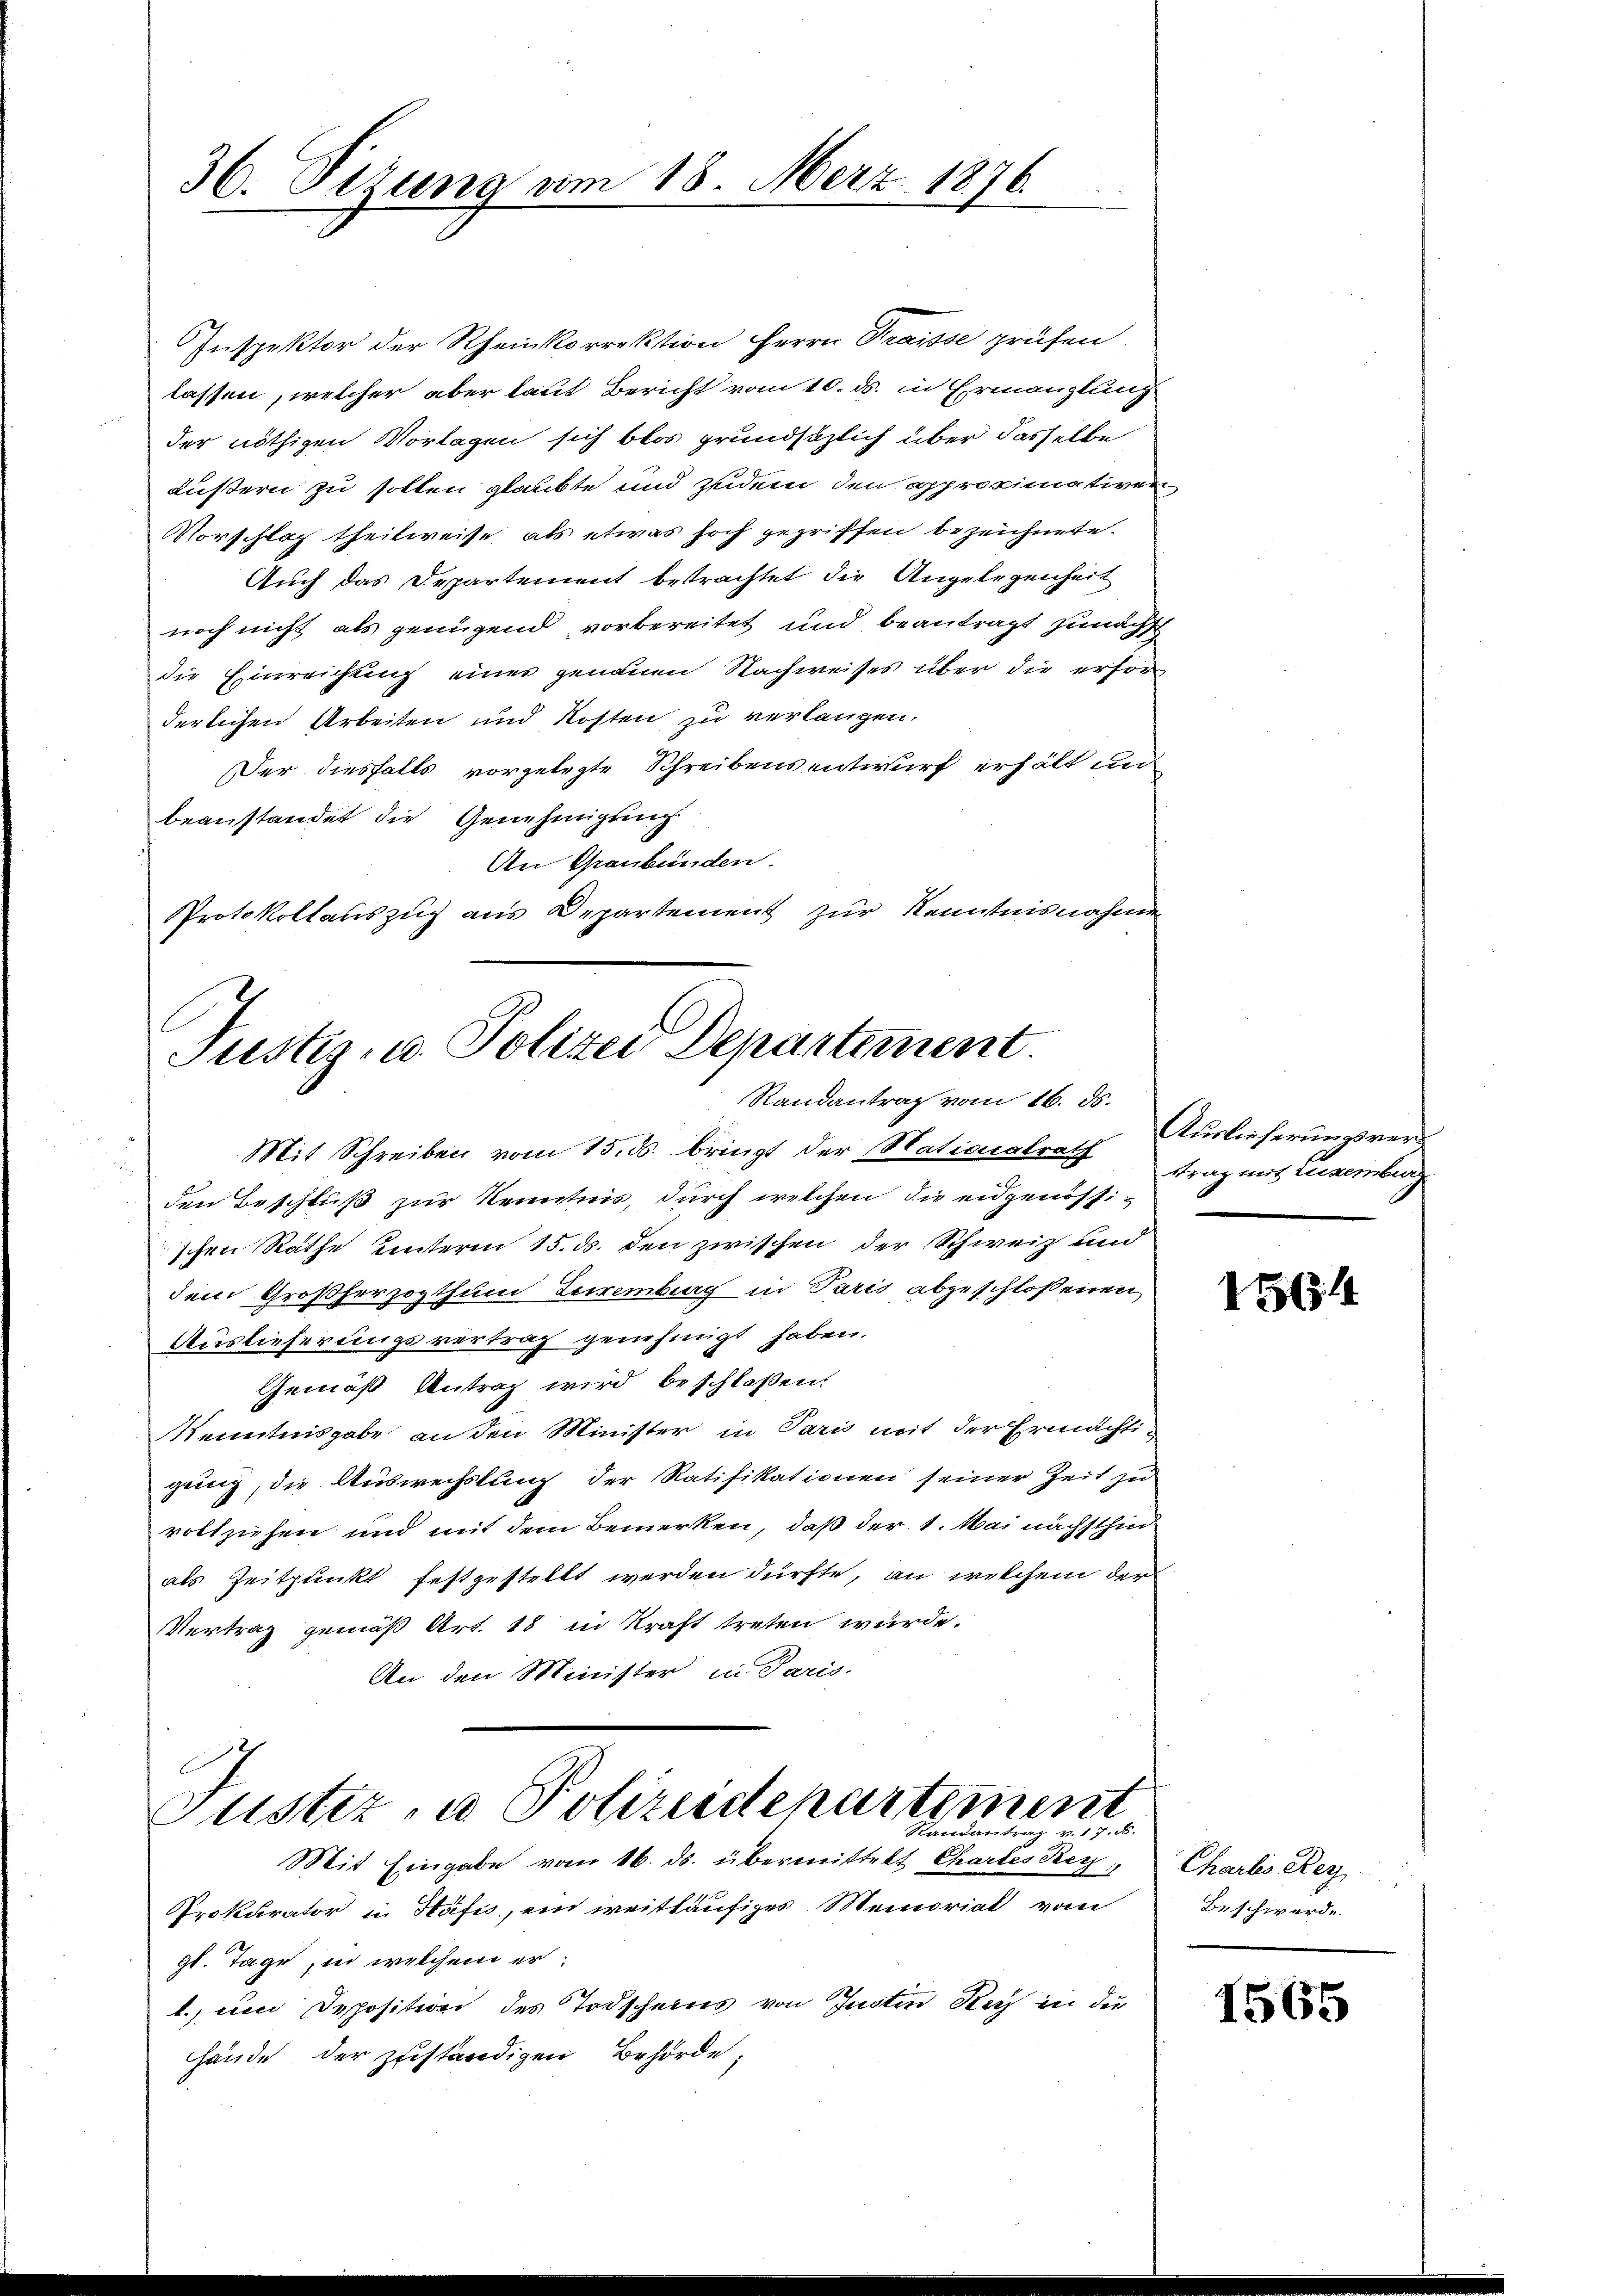
36. Pirung am 18. Merz 1876

Inspektor der Rheinkorrektion Herrn Praisse prüfen
lassen, welcher aber laut Bericht vom 10. ds. in Ermanglung
der nöthigen Vorlagen sich blos grundsätzlich über dasselbe
Äußern zu sollen glaubte und zudem den approximativen
Vorschlag theilweise als etwas hoch gegriffen bezeichnete.
Auch das Departement betrachtet die Angelegenheit
noch nicht als genügend vorbereitet und beantragt zunächst
die Einreichtung eines genauen Nachweises über die erforderlichen Arbeiten und Kosten zu verlangen.
Der diesfalls vorgelegte Schreibens entwurf erhält un
beanstandet die Genehmigung
An Graubünden.
Protokollauszug aus Departement zur Kenntnisnahmen
Mit Schreiben vom 15. ds. bringt der Nationalrath trag mit Eisenburg
den Beschluß zur Kenntnis, durch welchen die eidgenössi-
schen Rathe unterm 15. ds. den zwischen der Schweiz und
dem Großherzogthum Zuremberg in Paris abgeschlossenen
Auslieferungsvertrag genehmigt haben.
Gemäß Antrag wird beschloßen:
Kenntnisgabe an den Minister in Paris mit der Ermächtigung, die Auswechslung der Ratifikationen seiner Zeit zu
vollziehen und mit dem Bemerken, daß der 1. Mai nächsthin
als Zeitpunkt festgestellt werden dürfte, an welchem der
Vertrag gemäß Art. 18 in Kraft treten würde.
An den Minister in Paris
Justiz- u Polizeidepartement
Randantrag v. 17. d.
Mit Eingabe vom 16. ds. übermittelt Chartes Rez
Prokurator in Häfis, ein weitläufiges Memorial vom
9t. Tage in welchem er
l., um Deposition des Todscheins von Justin Kerz in die
hände der zuständigen Behörde;

Justiz- u. Polizei Departement.
Randantrag vom 16. ds.

Auslieferungsvers

1564

Charlis Rez
Beschwerde.

1565